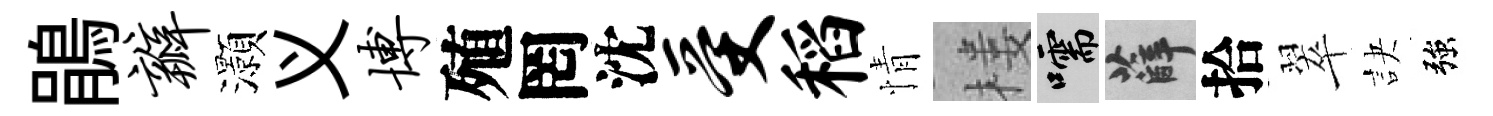
鵑瓣灝义博殖罔沈受稻情楼嚅薛拾翠訣強